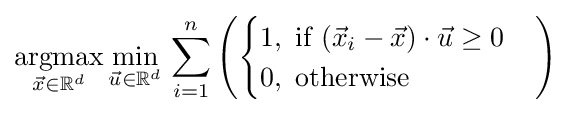
{\underset {{\vec {x}}\in \mathbb {R} ^{d}}{\operatorname {argmax} }}\,{\underset {{\vec {u}}\in \mathbb {R} ^{d}}{\operatorname {min} }}\,\sum _{i=1}^{n}\left({\begin{cases}1,{\text{ if }}({\vec {x}}_{i}-{\vec {x}})\cdot {\vec {u}}\geq 0\\0,{\text{ otherwise}}\end{cases}}\right)